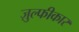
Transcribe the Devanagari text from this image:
ज़ुल्फीकार